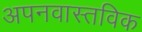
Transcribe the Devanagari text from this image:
अपनवास्तविक